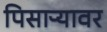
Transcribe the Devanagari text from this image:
पिसाऱ्यावर